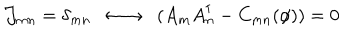
LaTeX: { \cal J } _ { m n } = \delta _ { m n } \; \; \longleftrightarrow \; \; ( A _ { m } A _ { n } ^ { \dagger } - C _ { m n } ( \phi ) ) = 0